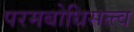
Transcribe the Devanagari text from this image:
परमबोधिसत्त्व